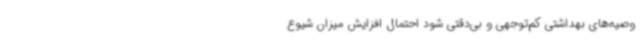
وصیه‌های بهداشتی کم‌توجهی و بی‌دقتی شود احتمال افزایش میزان شیوع